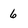
Character: 6